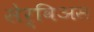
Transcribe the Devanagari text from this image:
सेर्विअस